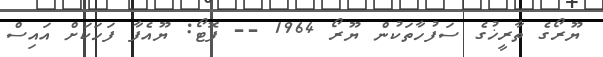
ޔޫރޯގެ ތާރީޚުގެ ސަފުހާތަކުން ޔޫރޯ 1964 -- ފޮޓޯ: ޔޫއެފާ ފަހަކަށް އައިސް